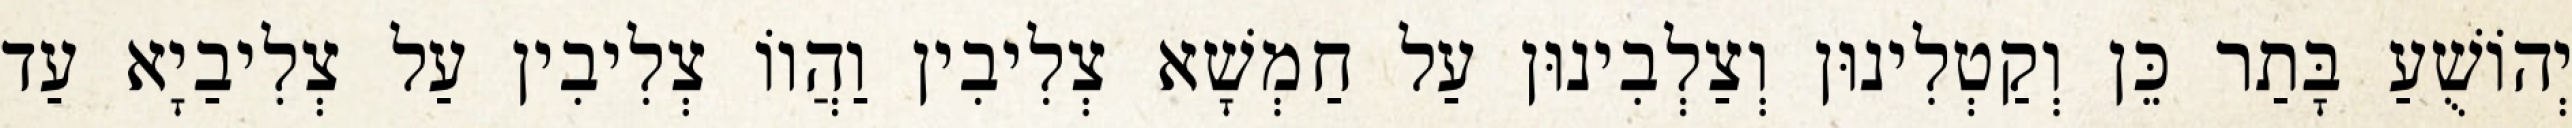
יְהוֹשֻׁעַ בָּתַר כֵּן וְקַטְלִינוּן וְצַלְבִינוּן עַל חַמְשָׁא צְלִיבִין וַהֲווֹ צְלִיבִין עַל צְלִיבַיָא עַד